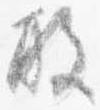
殿